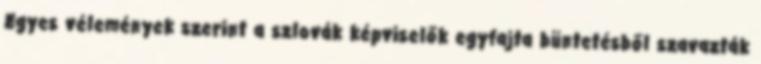
Egyes vélemények szerint a szlovák képviselők egyfajta büntetésből szavazták